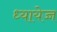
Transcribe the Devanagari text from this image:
ध्यायेच्च